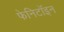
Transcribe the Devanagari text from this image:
फेनिटॉइन